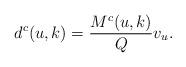
LaTeX: \begin{align*}d^c(u,k) = \frac{M^c(u,k)}{Q}v_u.\end{align*}